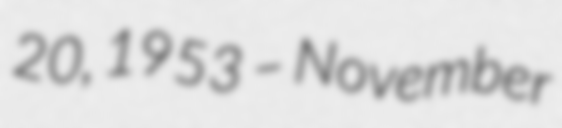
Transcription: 20, 1953 – November